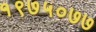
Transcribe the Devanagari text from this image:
१९७५०७७